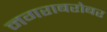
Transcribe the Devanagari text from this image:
नगराबरोबर